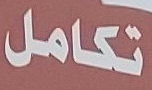
تكامل